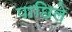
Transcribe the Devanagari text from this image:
पाछिले